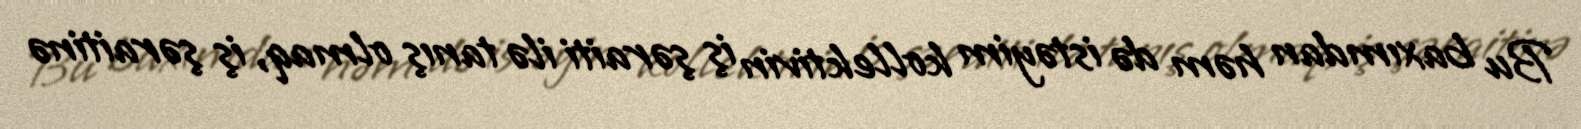
Bu baxımdan həm də istəyim kollektivin iş şəraiti ilə tanış olmaq, iş şəraitinə